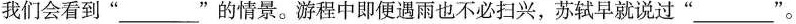
我们会看到” ___ ”的情景。游程中即便遇雨也不必扫兴，苏轼早就说过” ___ ”。